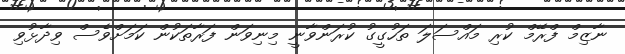
ނާޒިމް ފްރޭމް ކުރި މައްސަލަ ތަހުގީގު ކުރަންވާނީ މިނިވަން ފަރާތަކުން ކަމަށްވެސް ވިދާޅުވި